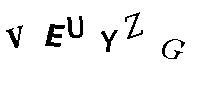
VEUYZG